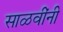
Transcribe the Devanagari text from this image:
साळवींनी